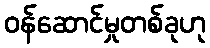
ဝန်ဆောင်မှုတစ်ခုဟု